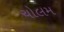
ચોલમ